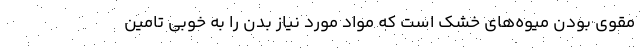
مقوی بودن میوه‌های خشک است که مواد مورد نیاز بدن را به خوبی تامین